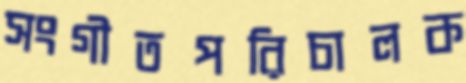
সংগীতপরিচালক